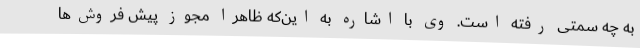
به چه سمتی رفته است. وی با اشاره به این‌که ظاهرا مجوز پیش فروش‌ها